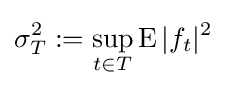
\sigma _{T}^{2}:=\sup _{t\in T}\operatorname {E} |f_{t}|^{2}